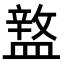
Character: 𥂚